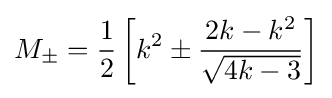
M_{\pm }={\frac {1}{2}}\left[k^{2}\pm {\frac {2k-k^{2}}{\sqrt {4k-3}}}\right]